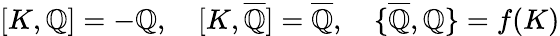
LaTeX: {[}K,\mathbb{Q}{]}=-\mathbb{Q},\quad{[}K,\overline{{{{\mathbb{Q}}}}}{]}=\overline{{{{\mathbb{Q}}}}},\quad{\{ }\overline{{{{\mathbb{Q}}}}},\mathbb{Q}{\} }=f(K)